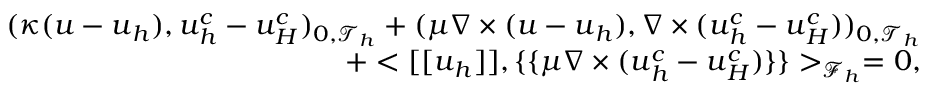
\begin{array} { r } { ( \kappa ( \boldsymbol { u } - \boldsymbol { u } _ { h } ) , \boldsymbol { u } _ { h } ^ { c } - \boldsymbol { u } _ { H } ^ { c } ) _ { 0 , \mathcal { T } _ { h } } + ( \mu \nabla \times ( \boldsymbol { u } - \boldsymbol { u } _ { h } ) , \nabla \times ( \boldsymbol { u } _ { h } ^ { c } - \boldsymbol { u } _ { H } ^ { c } ) ) _ { 0 , \mathcal { T } _ { h } } } \\ { + < [ [ \boldsymbol { u } _ { h } ] ] , \{ \{ \mu \nabla \times ( \boldsymbol { u } _ { h } ^ { c } - \boldsymbol { u } _ { H } ^ { c } ) \} \} > _ { \mathcal { F } _ { h } } = 0 , } \end{array}